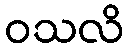
ဝသလိ